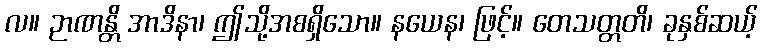
လ။ ဉာဏန္တိ အာဒိနာ၊ ဤသို့အစရှိသော။ နယေန၊ ဖြင့်။ တေသတ္တတိ၊ ခုနှစ်ဆယ့်